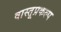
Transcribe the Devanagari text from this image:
वास्तूप्रकल्प